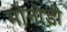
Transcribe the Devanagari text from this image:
मोनोडी